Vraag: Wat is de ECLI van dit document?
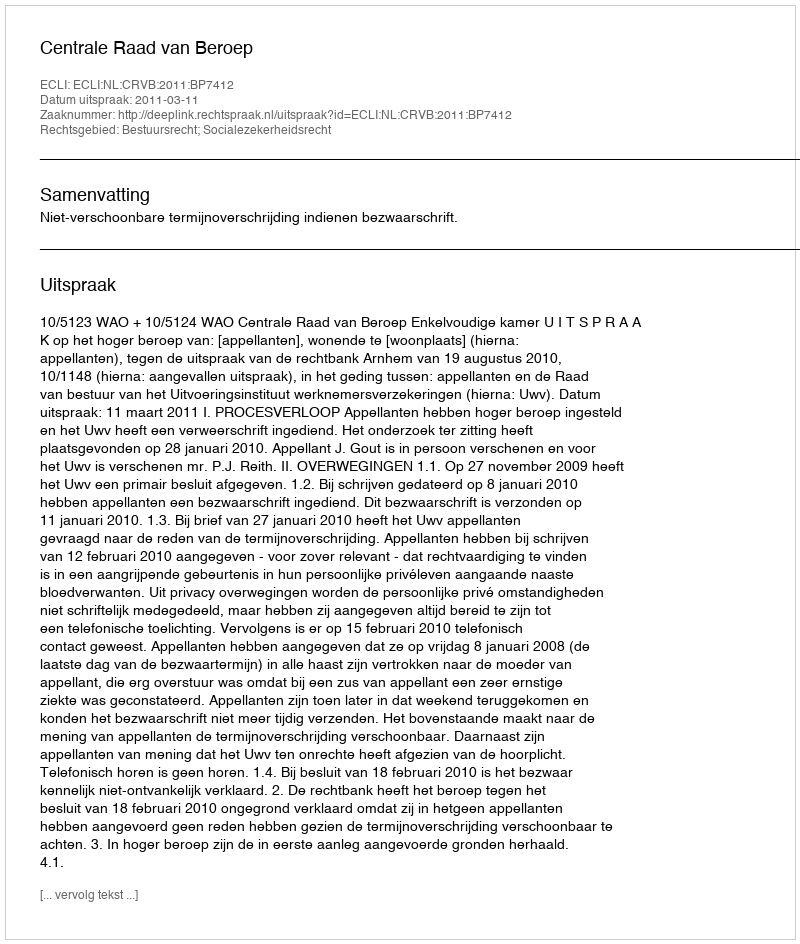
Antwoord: ECLI:NL:CRVB:2011:BP7412